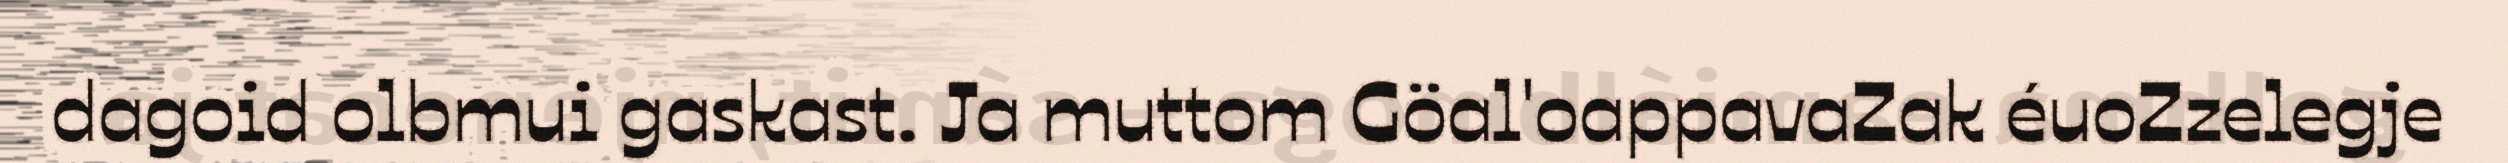
dagoid olbmui gaskast. Ja muttom Göal'oappavaZak éuoZzelegje